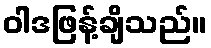
ဝါဒဖြန့်ချိသည်။